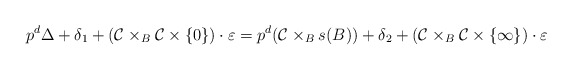
\begin{align*}p^d\Delta+\delta_1+(\mathcal{C}\times_B\mathcal{C}\times \{0\})\cdot \varepsilon=p^d(\mathcal{C}\times_Bs(B))+\delta_2+(\mathcal{C}\times_B\mathcal{C}\times\{\infty\})\cdot \varepsilon\end{align*}